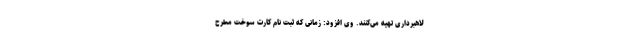
لاهبرداری تهیه می‌کنند. وی افزود: زمانی که ثبت نام کارت سوخت مطرح